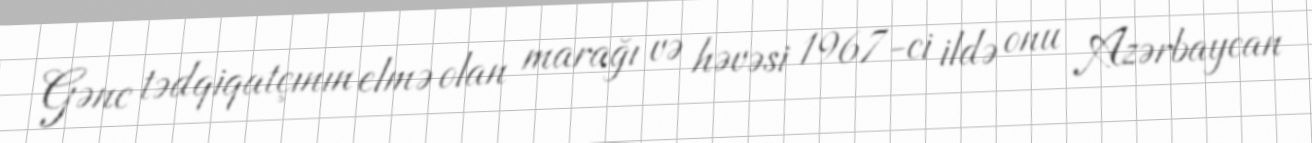
Gənc tədqiqatçının elmə olan marağı və həvəsi 1967-ci ildə onu Azərbaycan